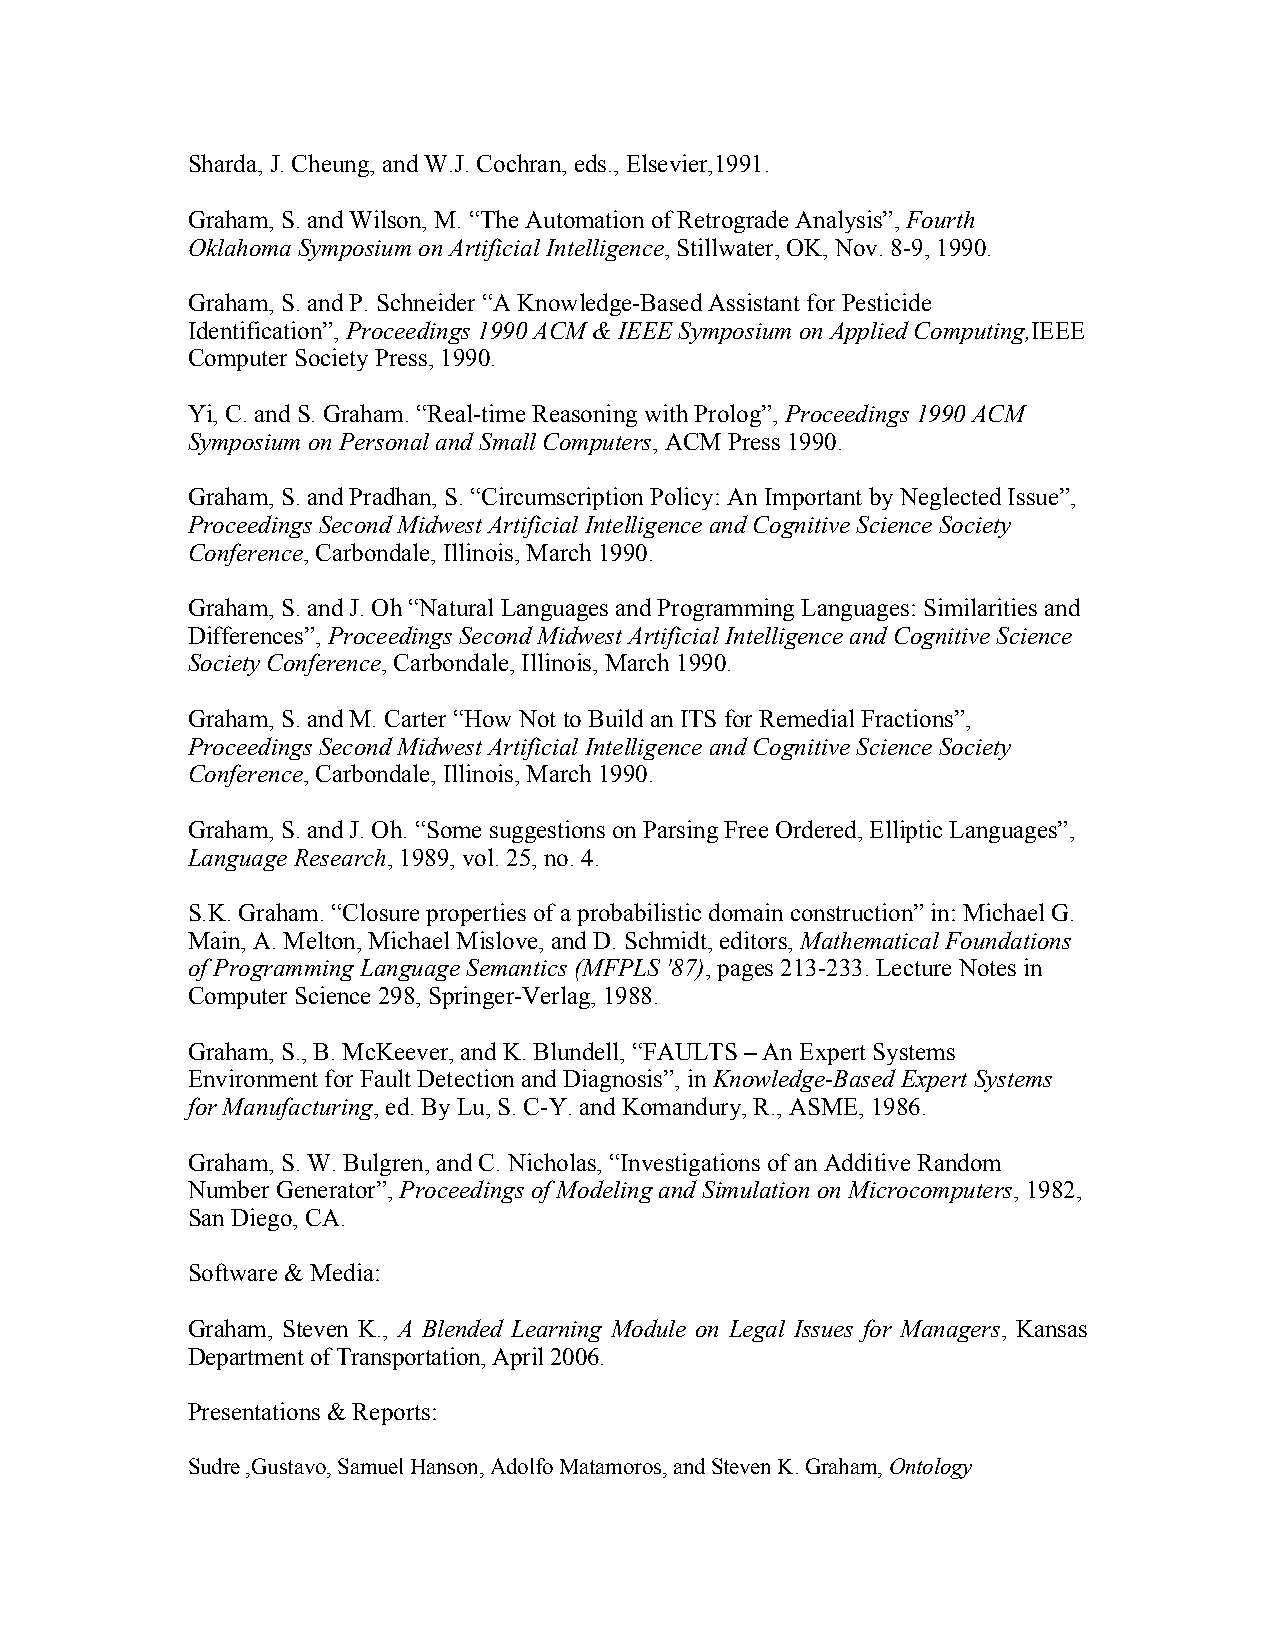
Sharda, J. Cheung, and W.J. Cochran, eds., Elsevier,1991.
 Graham, S. and Wilson, M. “The Automation of Retrograde Analysis”, Fourth
 Oklahoma Symposium on Artificial Intelligence, Stillwater, OK, Nov. 8-9, 1990.
 Graham, S. and P. Schneider “A Knowledge-Based Assistant for Pesticide
 Identification”, Proceedings 1990 ACM & IEEE Symposium on Applied Computing,IEEE
 Computer Society Press, 1990.
 Yi, C. and S. Graham. “Real-time Reasoning with Prolog”, Proceedings 1990 ACM
 Symposium on Personal and Small Computers, ACM Press 1990.
 Graham, S. and Pradhan, S. “Circumscription Policy: An Important by Neglected Issue”,
 Proceedings Second Midwest Artificial Intelligence and Cognitive Science Society
 Conference, Carbondale, Illinois, March 1990.
 Graham, S. and J. Oh “Natural Languages and Programming Languages: Similarities and
 Differences”, Proceedings Second Midwest Artificial Intelligence and Cognitive Science
 Society Conference, Carbondale, Illinois, March 1990.
 Graham, S. and M. Carter “How Not to Build an ITS for Remedial Fractions”,
 Proceedings Second Midwest Artificial Intelligence and Cognitive Science Society
 Conference, Carbondale, Illinois, March 1990.
 Graham, S. and J. Oh. “Some suggestions on Parsing Free Ordered, Elliptic Languages”,
 Language Research, 1989, vol. 25, no. 4.
 S.K. Graham. “Closure properties of a probabilistic domain construction” in: Michael G.
 Main, A. Melton, Michael Mislove, and D. Schmidt, editors, Mathematical Foundations
 of Programming Language Semantics (MFPLS '87), pages 213-233. Lecture Notes in
 Computer Science 298, Springer-Verlag, 1988.
 Graham, S., B. McKeever, and K. Blundell, “FAULTS – An Expert Systems
 Environment for Fault Detection and Diagnosis”, in Knowledge-Based Expert Systems
 for Manufacturing, ed. By Lu, S. C-Y. and Komandury, R., ASME, 1986.
 Graham, S. W. Bulgren, and C. Nicholas, “Investigations of an Additive Random
 Number Generator”, Proceedings of Modeling and Simulation on Microcomputers, 1982,
 San Diego, CA.
 Software & Media:
 Graham, Steven K., A Blended Learning Module on Legal Issues for Managers, Kansas
 Department of Transportation, April 2006.
 Presentations & Reports:
 Sudre ,Gustavo, Samuel Hanson, Adolfo Matamoros, and Steven K. Graham, Ontology